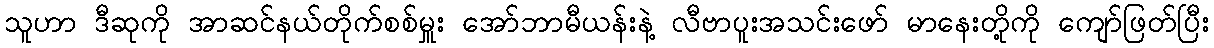
သူဟာ ဒီဆုကို အာဆင်နယ်တိုက်စစ်မှူး အော်ဘာမီယန်းနဲ့ လီဗာပူးအသင်းဖော် မာနေးတို့ကို ကျော်ဖြတ်ပြီး